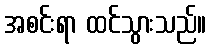
အစင်းရာ ထင်သွားသည်။